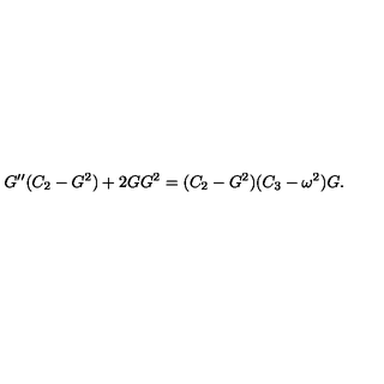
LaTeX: G ^ { \prime \prime } ( C _ { 2 } - G ^ { 2 } ) + 2 G G ^ { 2 } = ( C _ { 2 } - G ^ { 2 } ) ( C _ { 3 } - \omega ^ { 2 } ) G .